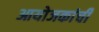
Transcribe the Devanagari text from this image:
आयोजकांची